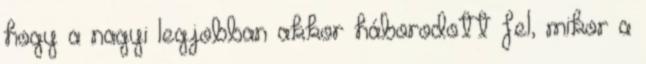
hogy a nagyi legjobban akkor háborodott fel, mikor a